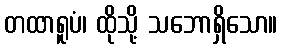
တထာရူပံ၊ ထိုသို့ သဘောရှိသော။